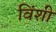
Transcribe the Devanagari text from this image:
विंशी